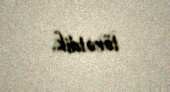
törətdik.